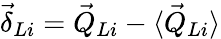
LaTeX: \vec{\delta}_{Li}=\vec{Q}_{Li}-\langle\vec{Q}_{Li}\rangle